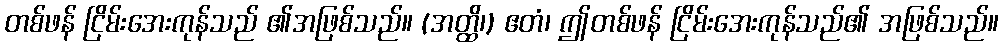
တစ်ဖန် ငြိမ်းအေးကုန်သည် ၏အဖြစ်သည်။ (အတ္ထိ၊) ဧတံ၊ ဤတစ်ဖန် ငြိမ်းအေးကုန်သည်၏ အဖြစ်သည်။